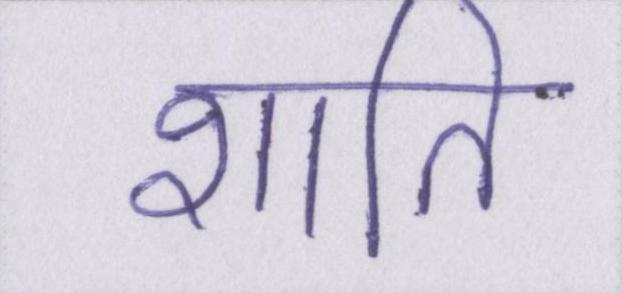
शाति